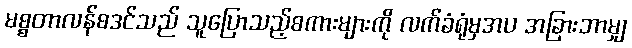
မစ္စတာလန်စဒင်သည် သူပြောသည့်စကားများကို လက်ခံရုံမှအပ အခြားဘာမျှ